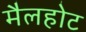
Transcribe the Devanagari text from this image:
मैलहोट